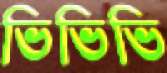
ভিভিভি